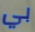
بي